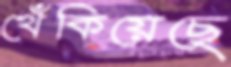
খেঁকিয়েছে